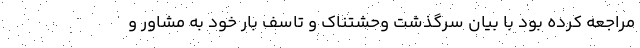
مراجعه کرده بود با بیان سرگذشت وحشتناک و تاسف بار خود به مشاور و